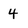
Character: 4